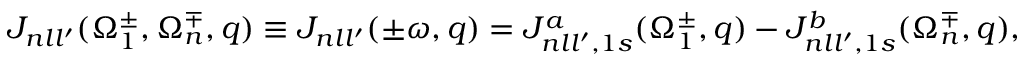
{ \cal J } _ { n l l ^ { \prime } } ( \Omega _ { 1 } ^ { \pm } , \Omega _ { n } ^ { \mp } , q ) \equiv { \cal J } _ { n l l ^ { \prime } } ( \pm \omega , q ) = { \cal J } _ { n l l ^ { \prime } , 1 s } ^ { a } ( \Omega _ { 1 } ^ { \pm } , q ) - { \cal J } _ { n l l ^ { \prime } , 1 s } ^ { b } ( \Omega _ { n } ^ { \mp } , q ) ,